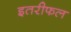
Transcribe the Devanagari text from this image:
इतरीफल